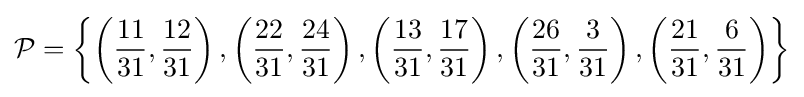
{\mathcal {P}}=\left\{\left({\frac {11}{31}},{\frac {12}{31}}\right),\left({\frac {22}{31}},{\frac {24}{31}}\right),\left({\frac {13}{31}},{\frac {17}{31}}\right),\left({\frac {26}{31}},{\frac {3}{31}}\right),\left({\frac {21}{31}},{\frac {6}{31}}\right)\right\rbrace